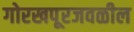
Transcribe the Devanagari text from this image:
गोरखपूरजवळील